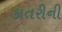
કાતરીની